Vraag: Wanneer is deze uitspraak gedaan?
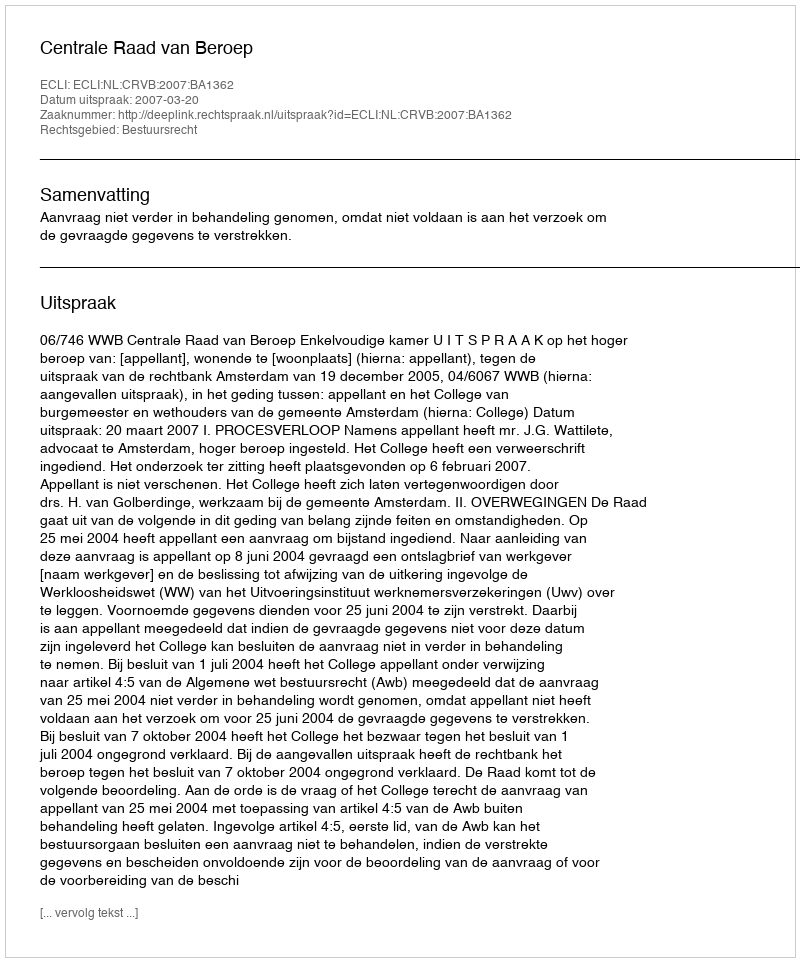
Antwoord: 2007-03-20